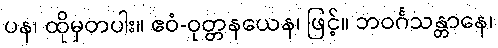
ပန၊ ထိုမှတပါး။ ဧဝံ-ဝုတ္တနယေန၊ ဖြင့်။ ဘဝင်္ဂသန္တာနေ၊